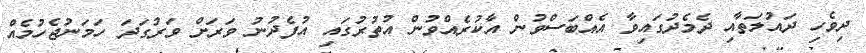
ދިވެހި ދައުލަތާއި ދެމެދުގައިވާ އެއްބަސްވުން އާކުރެއްވުން އުތުރުގައި އުފެދުނު ވަރަށް ވަރުގަދަ ހަމަނުޖެހުމެއް